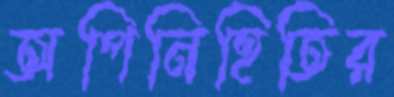
অপিনিহিতির